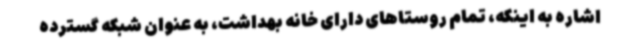
اشاره به اینکه، تمام روستاهای دارای خانه بهداشت، به عنوان شبکه گسترده